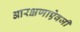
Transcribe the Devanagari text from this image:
आरक्षणाऐवजी